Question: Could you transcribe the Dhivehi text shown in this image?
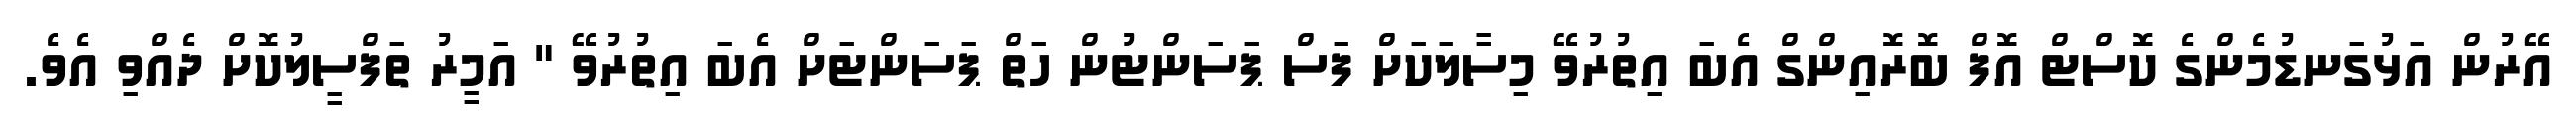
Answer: އޭރުން އަޅުގަނޑުމެންގެ ކޮސްޓް އޮފް ބޮރޮއިންގް އެބަ އިތުރުވޭ މިސާލަކަށް ފަސް ޕަސަންޓުން ހަތް ޕަސަންޓަށް އެބަ އިތުރުވޭ " އަމީރު ތަފްސީލުކޮށް ދެއްވި އެވެ.